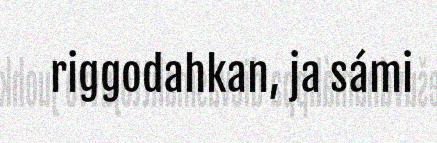
riggodahkan, ja sámi